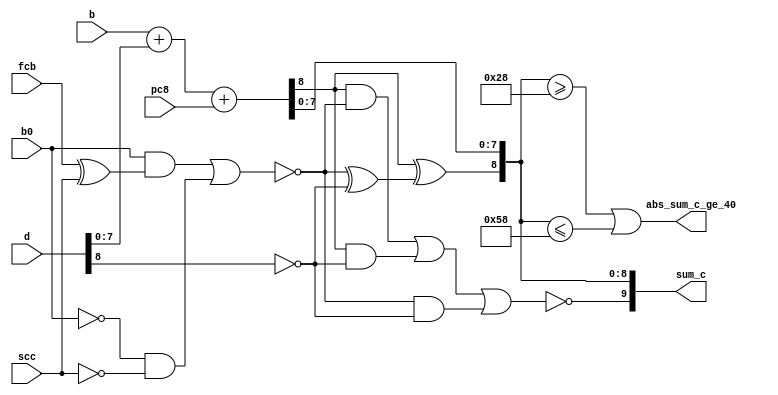
module expadd(
	input [0:7] b,
	input [-1:7] d,
	input pc8,
	input fcb,
	input scc,
	input b0,
	output abs_sum_c_ge_40,
	output [-2:7] sum_c
);

	wire sum_c_1_tmp;
	assign {sum_c_1_tmp, sum_c[0:7]} = b + d[0:7] + pc8;

	wire M9_3 = fcb ^ scc;
	wire M3_6 = ~((b0 & M9_3) | (~b0 & ~scc));
	wire M27_8 = M3_6 ^ ~d[-1];
	assign sum_c[-2] = ~((sum_c_1_tmp & M3_6) | (sum_c_1_tmp & ~d[-1]) | (M3_6 & ~d[-1]));
	assign sum_c[-1] = sum_c_1_tmp ^ M27_8;

	// --- |sum_c| >= 40 ----------------------------------------------------

	wire signed [0:8] v = sum_c[-1:7];
	assign abs_sum_c_ge_40 = (v >= 40) || (v <= -40);

endmodule

// vim: tabstop=2 shiftwidth=2 autoindent noexpandtab